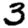
Digit: 3